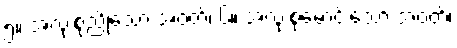
၅။ အလုံးစုံညိုသော အဝတ်၊ ၆။ အလုံးစုံမောင်းသော အဝတ်၊